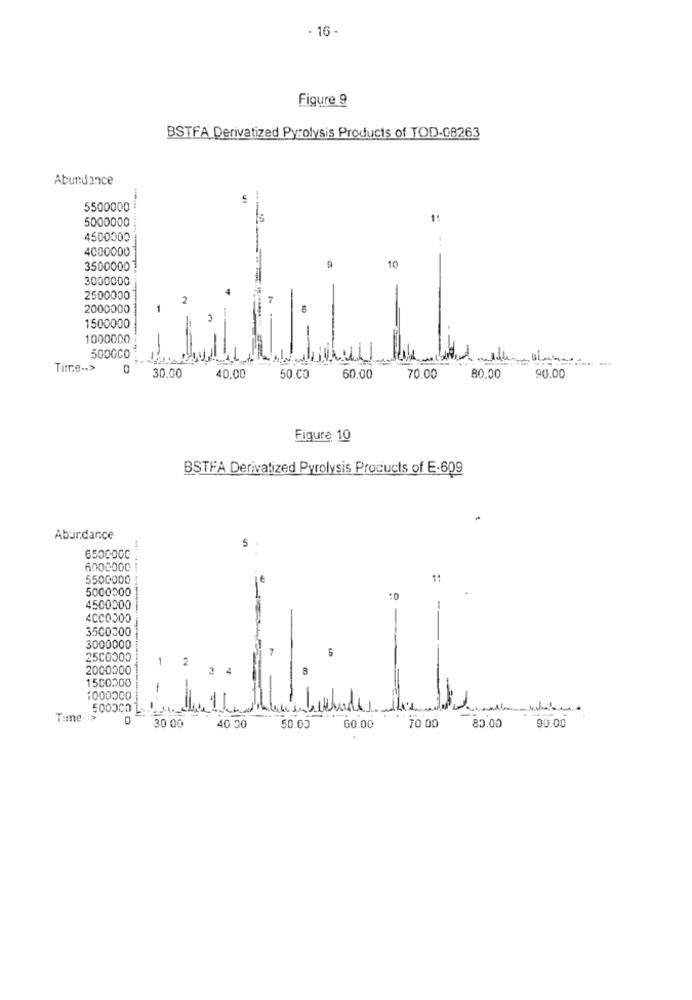
- 16 -
Figure 9
BSTFA Derivatized Pyrolysis Products of TOD-08263
Abundance
5500000
5000000
11
4500000
4000000
3500000
10
3000000
2500000
2
2000000
1500000
1000000
5000CO
Titre -- >
30.00
40.00
50.CO
60,00
70.00
80.00
90.00
Figure 10
BSTFA Derivatized Pyrolysis Products of E-609
Abundance
5
650COCC
6003000
5500000
5000000
-
10
4500000
4000000
3500000
3000000
2500000
2000000
1500000
-
1000000
500300
Time. . >
0
30 00
70 00
85.00
40.50
50.00
60.00
90.00